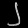
Digit: ၂